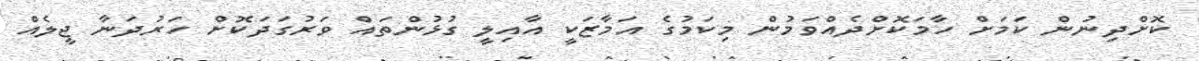
ކޮށްދިނުން ކަމަށް ހާމަކޮށްދެއްވަމުން މިކަމުގެ އަމާޒަކީ އާއިލީ ގުޅުންތައް ވަރުގަދަކޮށް ހަރުދަނާ ޖީލެއް